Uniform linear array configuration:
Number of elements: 4
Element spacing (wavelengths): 1
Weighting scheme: binomial
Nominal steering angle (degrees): -30
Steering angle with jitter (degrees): -29.311
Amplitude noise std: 0.05
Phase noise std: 0.05

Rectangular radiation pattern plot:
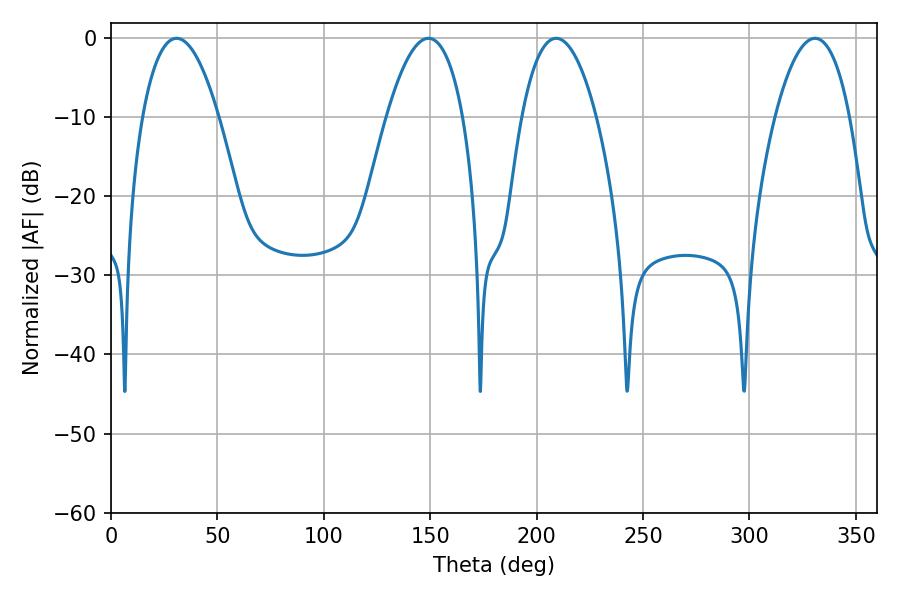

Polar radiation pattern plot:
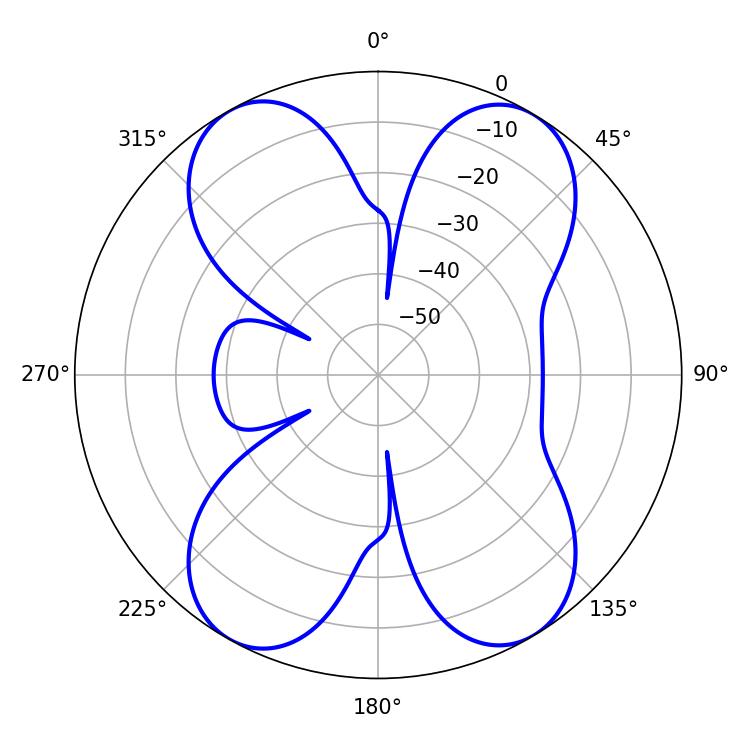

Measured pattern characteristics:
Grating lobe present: TRUE
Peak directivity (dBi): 17.981
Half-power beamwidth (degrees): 19.62
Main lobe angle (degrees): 209.16